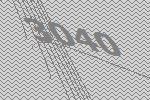
3040